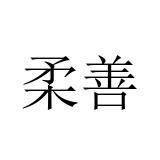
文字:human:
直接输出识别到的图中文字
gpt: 柔善